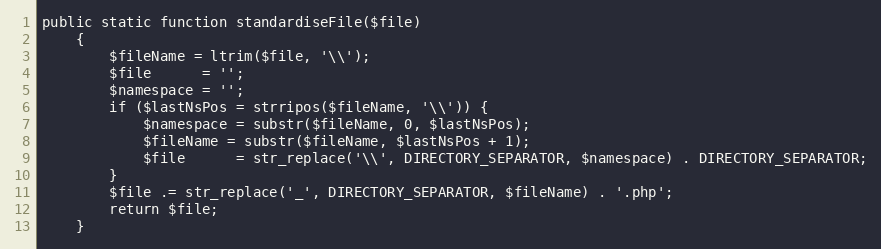
Language: PHP
public static function standardiseFile($file)
    {
        $fileName = ltrim($file, '\\');
        $file      = '';
        $namespace = '';
        if ($lastNsPos = strripos($fileName, '\\')) {
            $namespace = substr($fileName, 0, $lastNsPos);
            $fileName = substr($fileName, $lastNsPos + 1);
            $file      = str_replace('\\', DIRECTORY_SEPARATOR, $namespace) . DIRECTORY_SEPARATOR;
        }
        $file .= str_replace('_', DIRECTORY_SEPARATOR, $fileName) . '.php';
        return $file;
    }